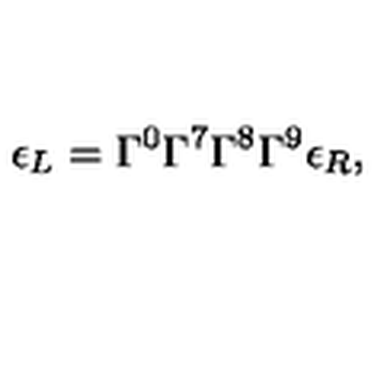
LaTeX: \epsilon _ { L } = \Gamma ^ { 0 } \Gamma ^ { 7 } \Gamma ^ { 8 } \Gamma ^ { 9 } \epsilon _ { R } ,